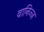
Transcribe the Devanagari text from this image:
वानिज्ज